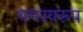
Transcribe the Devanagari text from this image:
यमस्वरूप